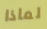
لماذا